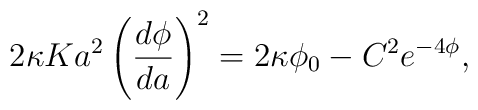
2\kappa K a^2\left(\frac{d\phi}{da}\right)^2=2\kappa \phi_0  - C^2 e^{-4\phi},